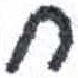
אות: ח